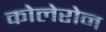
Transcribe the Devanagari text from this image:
कोलेरोन